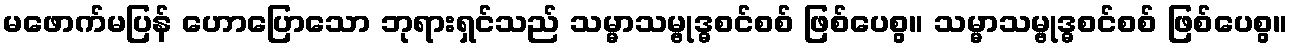
မဖောက်မပြန် ဟောပြောသော ဘုရားရှင်သည် သမ္မာသမ္ဗုဒ္ဓစင်စစ် ဖြစ်ပေစွ။ သမ္မာသမ္ဗုဒ္ဓစင်စစ် ဖြစ်ပေစွ။